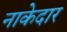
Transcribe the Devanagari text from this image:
नाकेदार